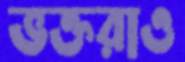
ভক্তরাও